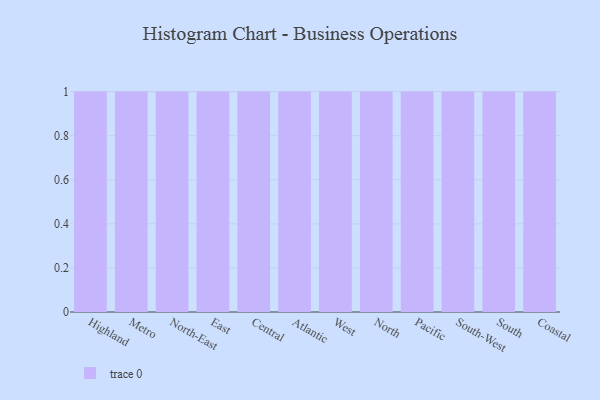
{"axis": {"x": "Region", "y": "Gross Profit (USD K)"}, "legend": [""], "data": [{"x": "Highland", "y": 37, "type": ""}, {"x": "Metro", "y": 96, "type": ""}, {"x": "North-East", "y": 34, "type": ""}, {"x": "East", "y": 31, "type": ""}, {"x": "Central", "y": 29, "type": ""}, {"x": "Atlantic", "y": 56, "type": ""}, {"x": "West", "y": 36, "type": ""}, {"x": "North", "y": 64, "type": ""}, {"x": "Pacific", "y": 4, "type": ""}, {"x": "South-West", "y": 44, "type": ""}, {"x": "South", "y": 79, "type": ""}, {"x": "Coastal", "y": 49, "type": ""}]}